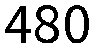
480